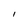
Character: l